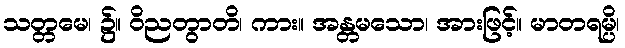
သတ္တမေ၊ ၌။ ဝိညတွာတိ၊ ကား။ အန္တမသော၊ အားဖြင့်။ မာတရမ္ပိ၊